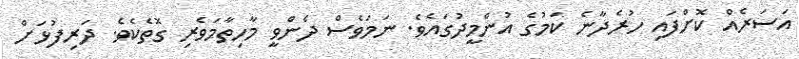
އަސަރެއް ކޮށްފައި ހުރެދާނެ ކަމުގެ އުންމީދުގައެވެ. ނަމަވެސް ދެންވީ މާހިތާމަވެރި ގޮތެކެވެ. ދަރިފުޅަށް